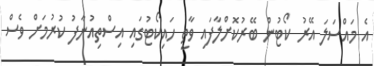
އެ މައްސަލަ އޭރު ކޯޓުން ބޭރުކޮށްލާފައި ވާތީ ހައިކޯޓުގައި އިސްތިއުނާފު ކުރުމަށް ވެސް